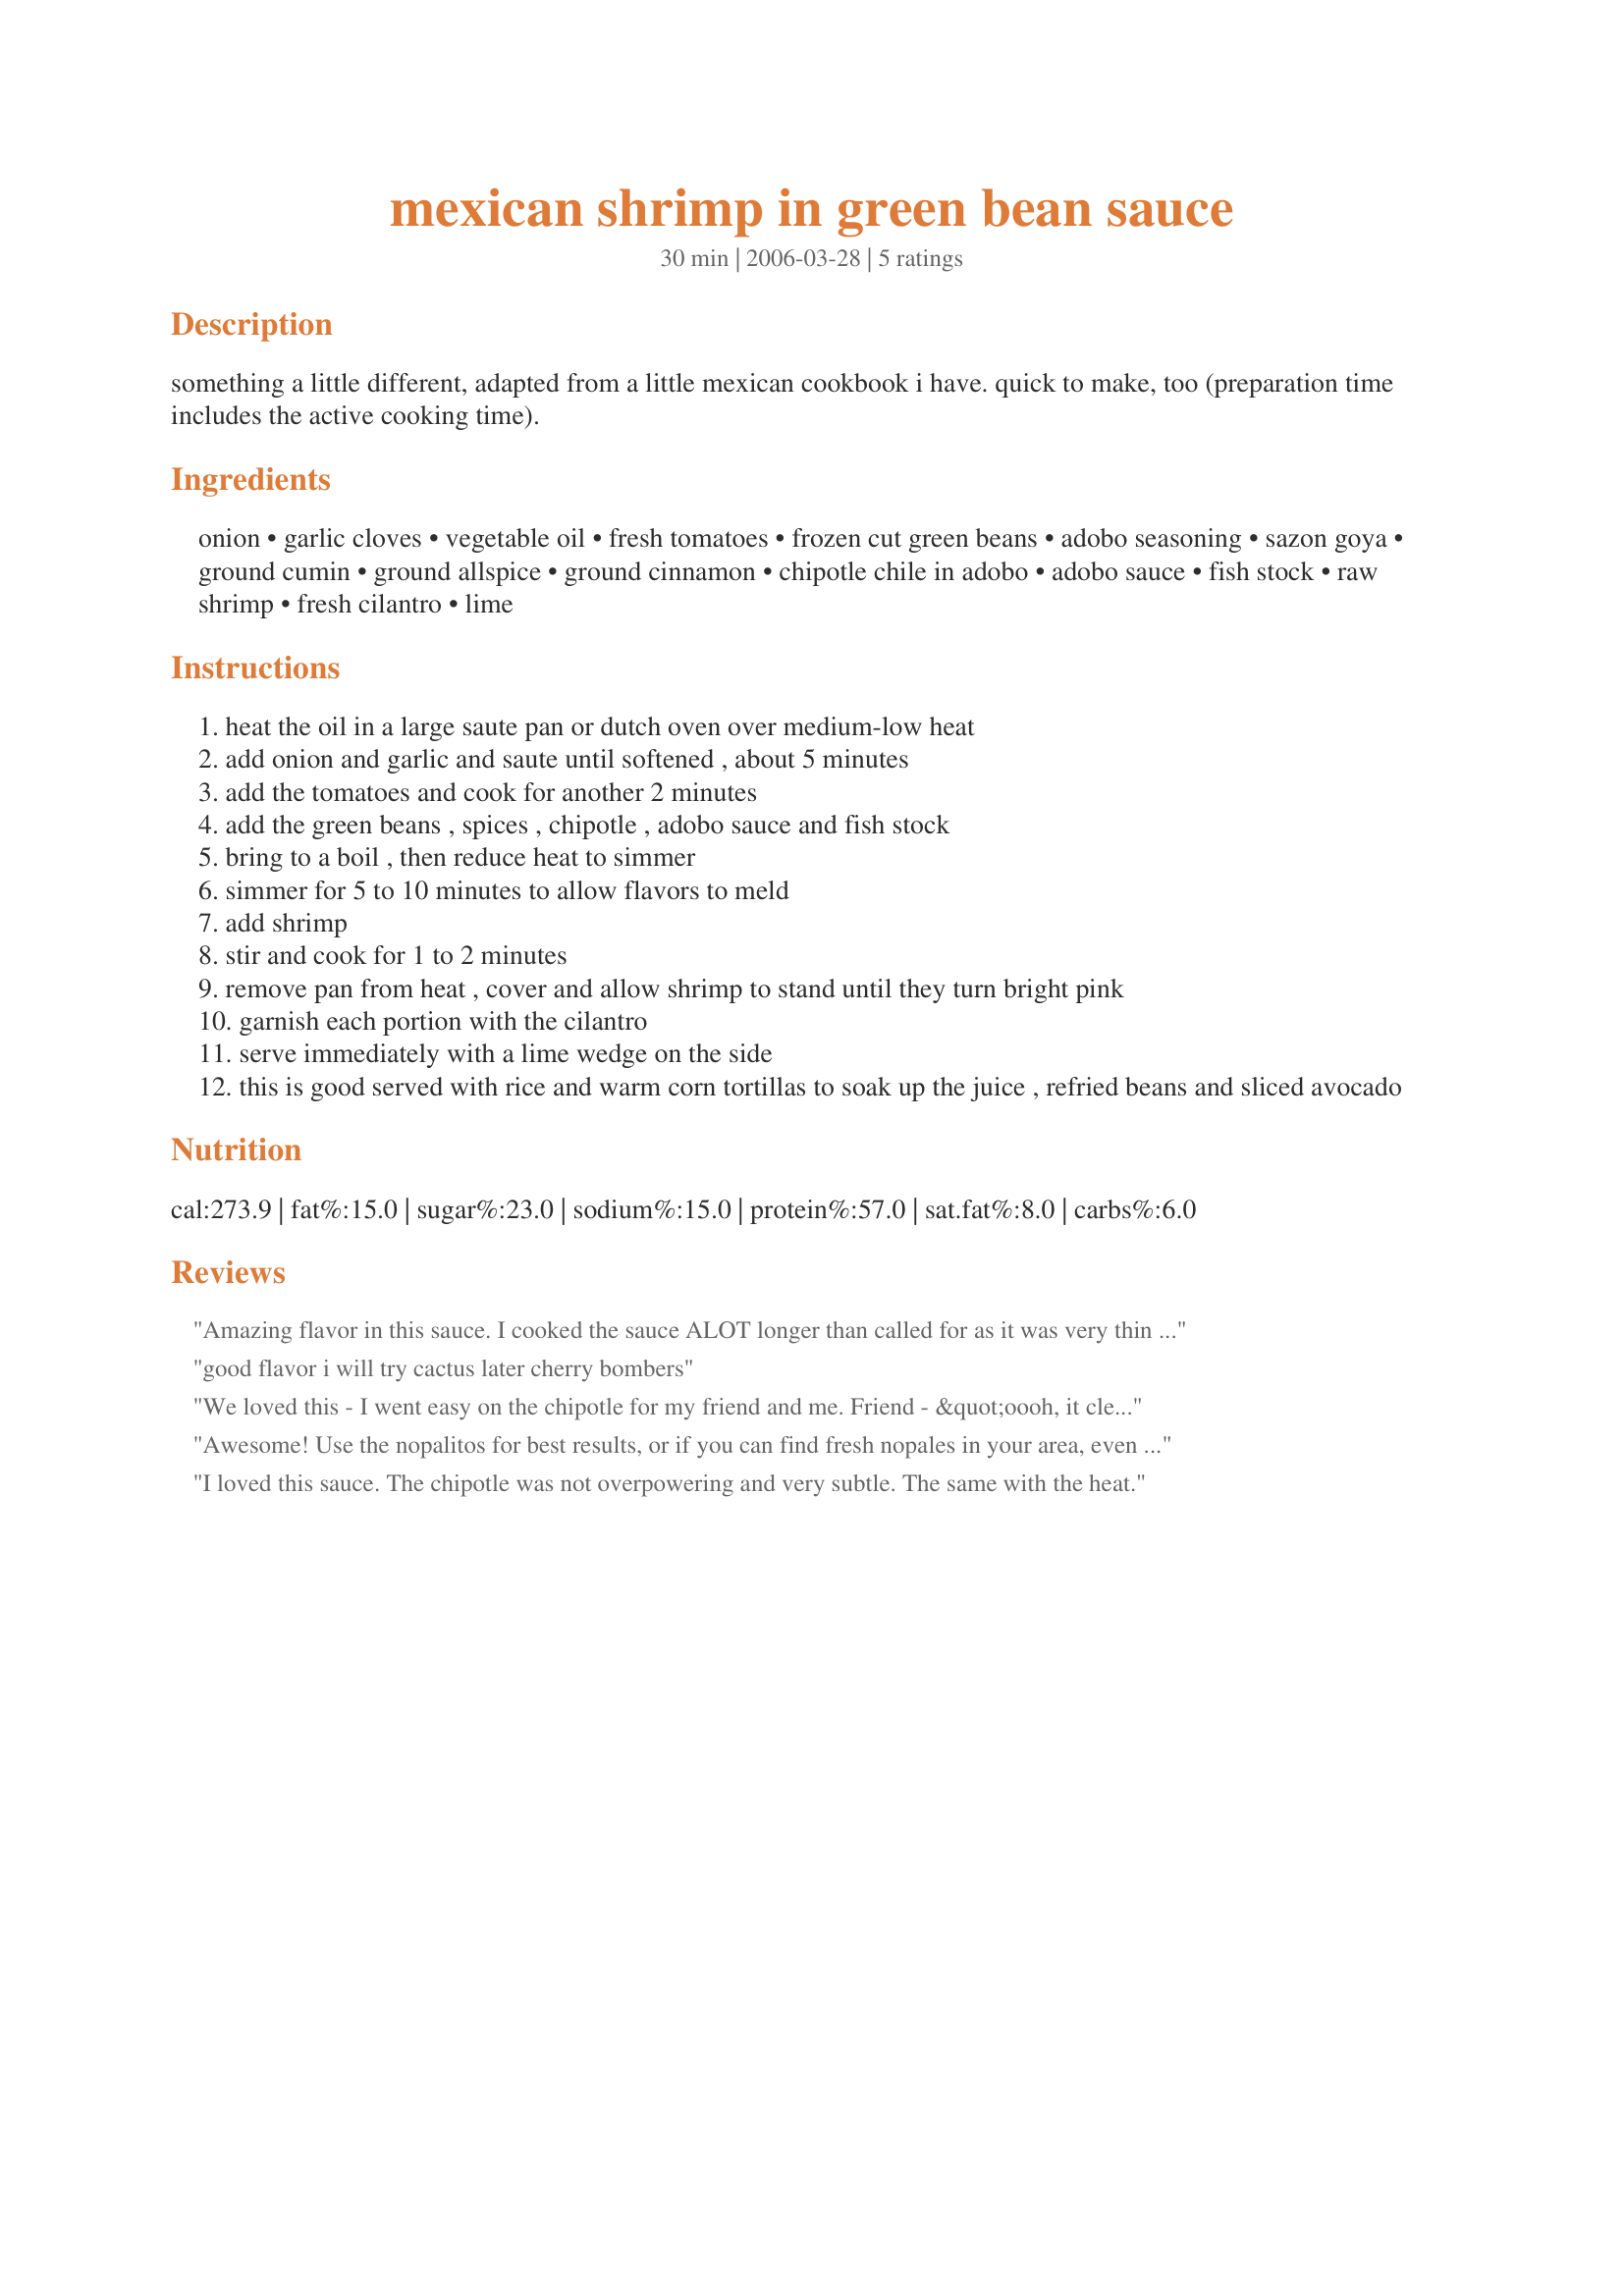
mexican shrimp in green bean sauce
Preparation time: 30 minutes

something a little different, adapted from a little mexican cookbook i have. quick to make, too (preparation time includes the active cooking time).

Ingredients:
onion, garlic cloves, vegetable oil, fresh tomatoes, frozen cut green beans, adobo seasoning, sazon goya, ground cumin, ground allspice, ground cinnamon, chipotle chile in adobo, adobo sauce, fish stock, raw shrimp, fresh cilantro, lime

Steps:
heat the oil in a large saute pan or dutch oven over medium-low heat
add onion and garlic and saute until softened , about 5 minutes
add the tomatoes and cook for another 2 minutes
add the green beans , spices , chipotle , adobo sauce and fish stock
bring to a boil , then reduce heat to simmer
simmer for 5 to 10 minutes to allow flavors to meld
add shrimp
stir and cook for 1 to 2 minutes
remove pan from heat , cover and allow shrimp to stand until they turn bright pink
garnish each portion with the cilantro
serve immediately with a lime wedge on the side
this is good served with rice and warm corn tortillas to soak up the juice , refried beans and sliced avocado

Reviews:
Amazing flavor in this sauce. I cooked the sauce ALOT longer than called for as it was very thin after the addition of the broth. There was ALOT of sauce- More than needed here, but that is ok- it would make a great pasta sauce! I didnt use green beans but DID use jarred Nopalitos. mmmmmm If you get the opportunity to try nopalitos, do! This is a great recipe to use for that! They have a green bean type flavor but are far better with a slight tang. Amazing flavor! This would be a 5 star recipe if the sauce were thicker, the flavors really intensified after it thickened. thanks for a great recipe!
good flavor i will try cactus later cherry bombers
We loved this - I went easy on the chipotle for my friend and me. Friend - &quot;oooh, it cleaned out my sinuses!&quot; Me - &quot;just right&quot; I added extra adobo to DH - &quot;heat was just right&quot;. I used jarred nopalitos and we really liked them a lot. Served over rice. Yum! Made for CQ2015
Awesome! Use the nopalitos for best results, or if you can find fresh nopales in your area, even better - remove any 'needles' with a paring knife, cut in thin strips and simmer in salted water with a couple of garlic cloves for about 10-15 min. I agree with mama's kitchen about the sauce consistency; I thickened it with a little cornstarch and water, and it came together nicely. Thanks a million for the recipe!
I loved this sauce. The chipotle was not overpowering and very subtle. The same with the heat.
